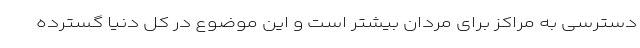
دسترسی به مراکز برای مردان بیشتر است و این موضوع در کل دنیا گسترده